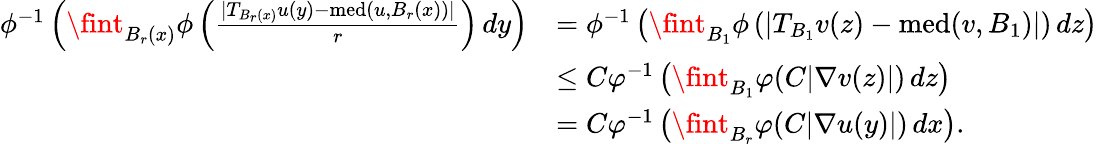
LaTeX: \begin{array}{rl}{\phi^{-1}\left(\fint_{B_{r}(x)}\phi\left(\frac{|T_{B_{r}(x)}u(y)-\textnormal{med}(u,B_{r}(x))|}{r}\right)\, dy\right)}&{=\phi^{-1}\left(\fint_{B_{1}}\phi\left(|T_{B_{1}}v(z)-\textnormal{med}(v,B_{1})|\right)\, dz\right)}\\ &{\leq C\varphi^{-1}\left(\fint_{B_{1}}\varphi(C|\nabla v(z)|)\, dz\right)}\\ &{=C\varphi^{-1}\left(\fint_{B_{r}}\varphi(C|\nabla u(y)|)\, dx\right).}\end{array}